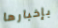
بإخبارها